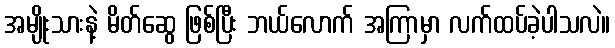
အမျိုးသားနဲ့ မိတ်ဆွေ ဖြစ်ပြီး ဘယ်လောက် အကြာမှာ လက်ထပ်ခဲ့ပါသလဲ။